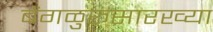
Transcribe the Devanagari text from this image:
बेंगळुरूसारख्या